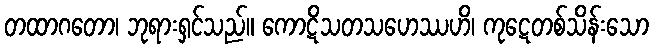
တထာဂတော၊ ဘုရားရှင်သည်။ ကောဋိသတသဟေဿဟိ၊ ကုဋေတစ်သိန်းသော